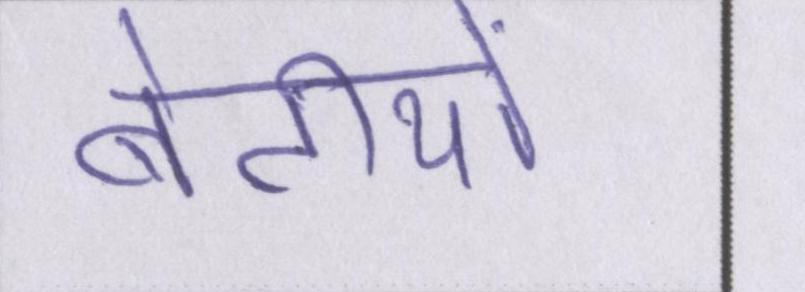
बेटीयों